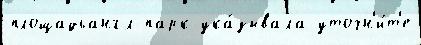
площадьангл парк ука́зывала уточн'и́т'е